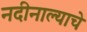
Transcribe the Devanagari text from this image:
नदीनाल्याचे